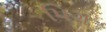
પિગ